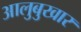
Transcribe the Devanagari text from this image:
आलुबुखार